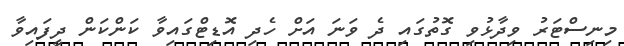
މިނިސްޓަރު ވިދާޅުވި ގޮތުގައި ދެ ވަނަ އަށް ހެދި އޮޑިޓްގައިވާ ކަންކަން ދީފައިވާ